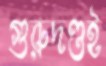
গুরুদণ্ডই